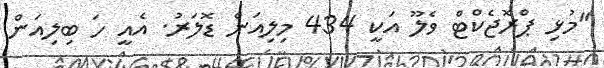
"މުޅި ޕްރޮޖެކްޓް ވެލޫ އަކީ 434 މިލިއަން ޑޮލަރު. އެއީ ހަ ބިލިއަން